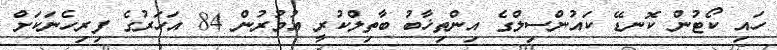
ހައި ކޯޓުން ކޮނޑޭ ކައުންސިލްގެ އިންތިޚާބު ބާތިލްކުރީ އުމުރުން 84 އަހަރުގެ ފިރިހެނަކަށް